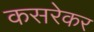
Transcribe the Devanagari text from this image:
कसरेकर